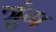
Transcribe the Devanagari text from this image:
त्रुंग